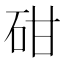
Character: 𥑠